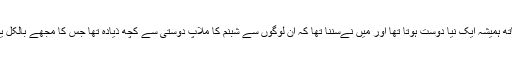
شبنم کےساتھ ہمیشہ ایک نیا دوست ہوتا تھا اور میں نےسننا تھا کہ ان لوگوں سے شبنم کا ملاپ دوستی سے کچھ ذیادہ تھا جس کا مجھے بالکل یقین نہیں آیا۔